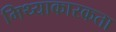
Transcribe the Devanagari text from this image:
मिथ्याकारकता